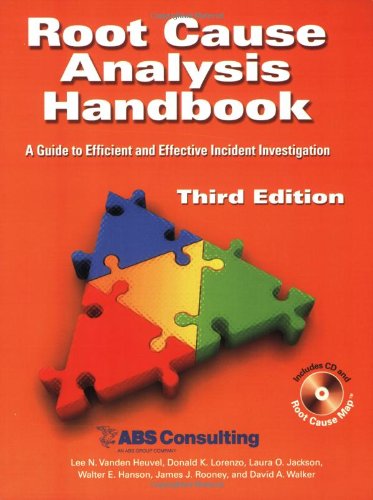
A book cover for Root Cause Analysis Handbook: A Guide to Efficient and Effective Incident Investigation (Third Edition); ABS Consulting - Lee N. Vanden Heuvel; Business & Money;